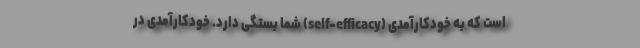
است که به خودکارآمدی (self-efficacy) شما بستگی دارد. خودکارآمدی در